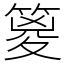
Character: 䈦